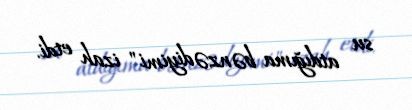
su atdığıma bənzədiyimi" izah etdi.